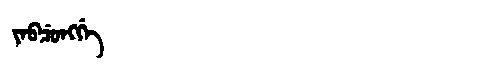
Manchu: ᠶᡝᠪᠴᡠᠩᡤᡝ
Romanization: YEBCUNGGE